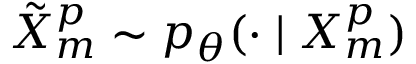
\tilde { X } _ { m } ^ { p } \sim p _ { \theta } ( \cdot \mid X _ { m } ^ { p } )